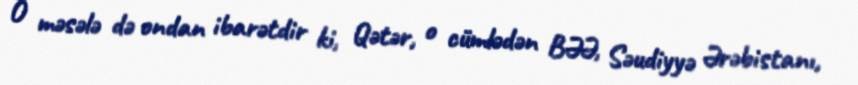
O məsələ də ondan ibarətdir ki, Qətər, o cümlədən BƏƏ, Səudiyyə Ərəbistanı,